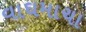
વાઘમાચા